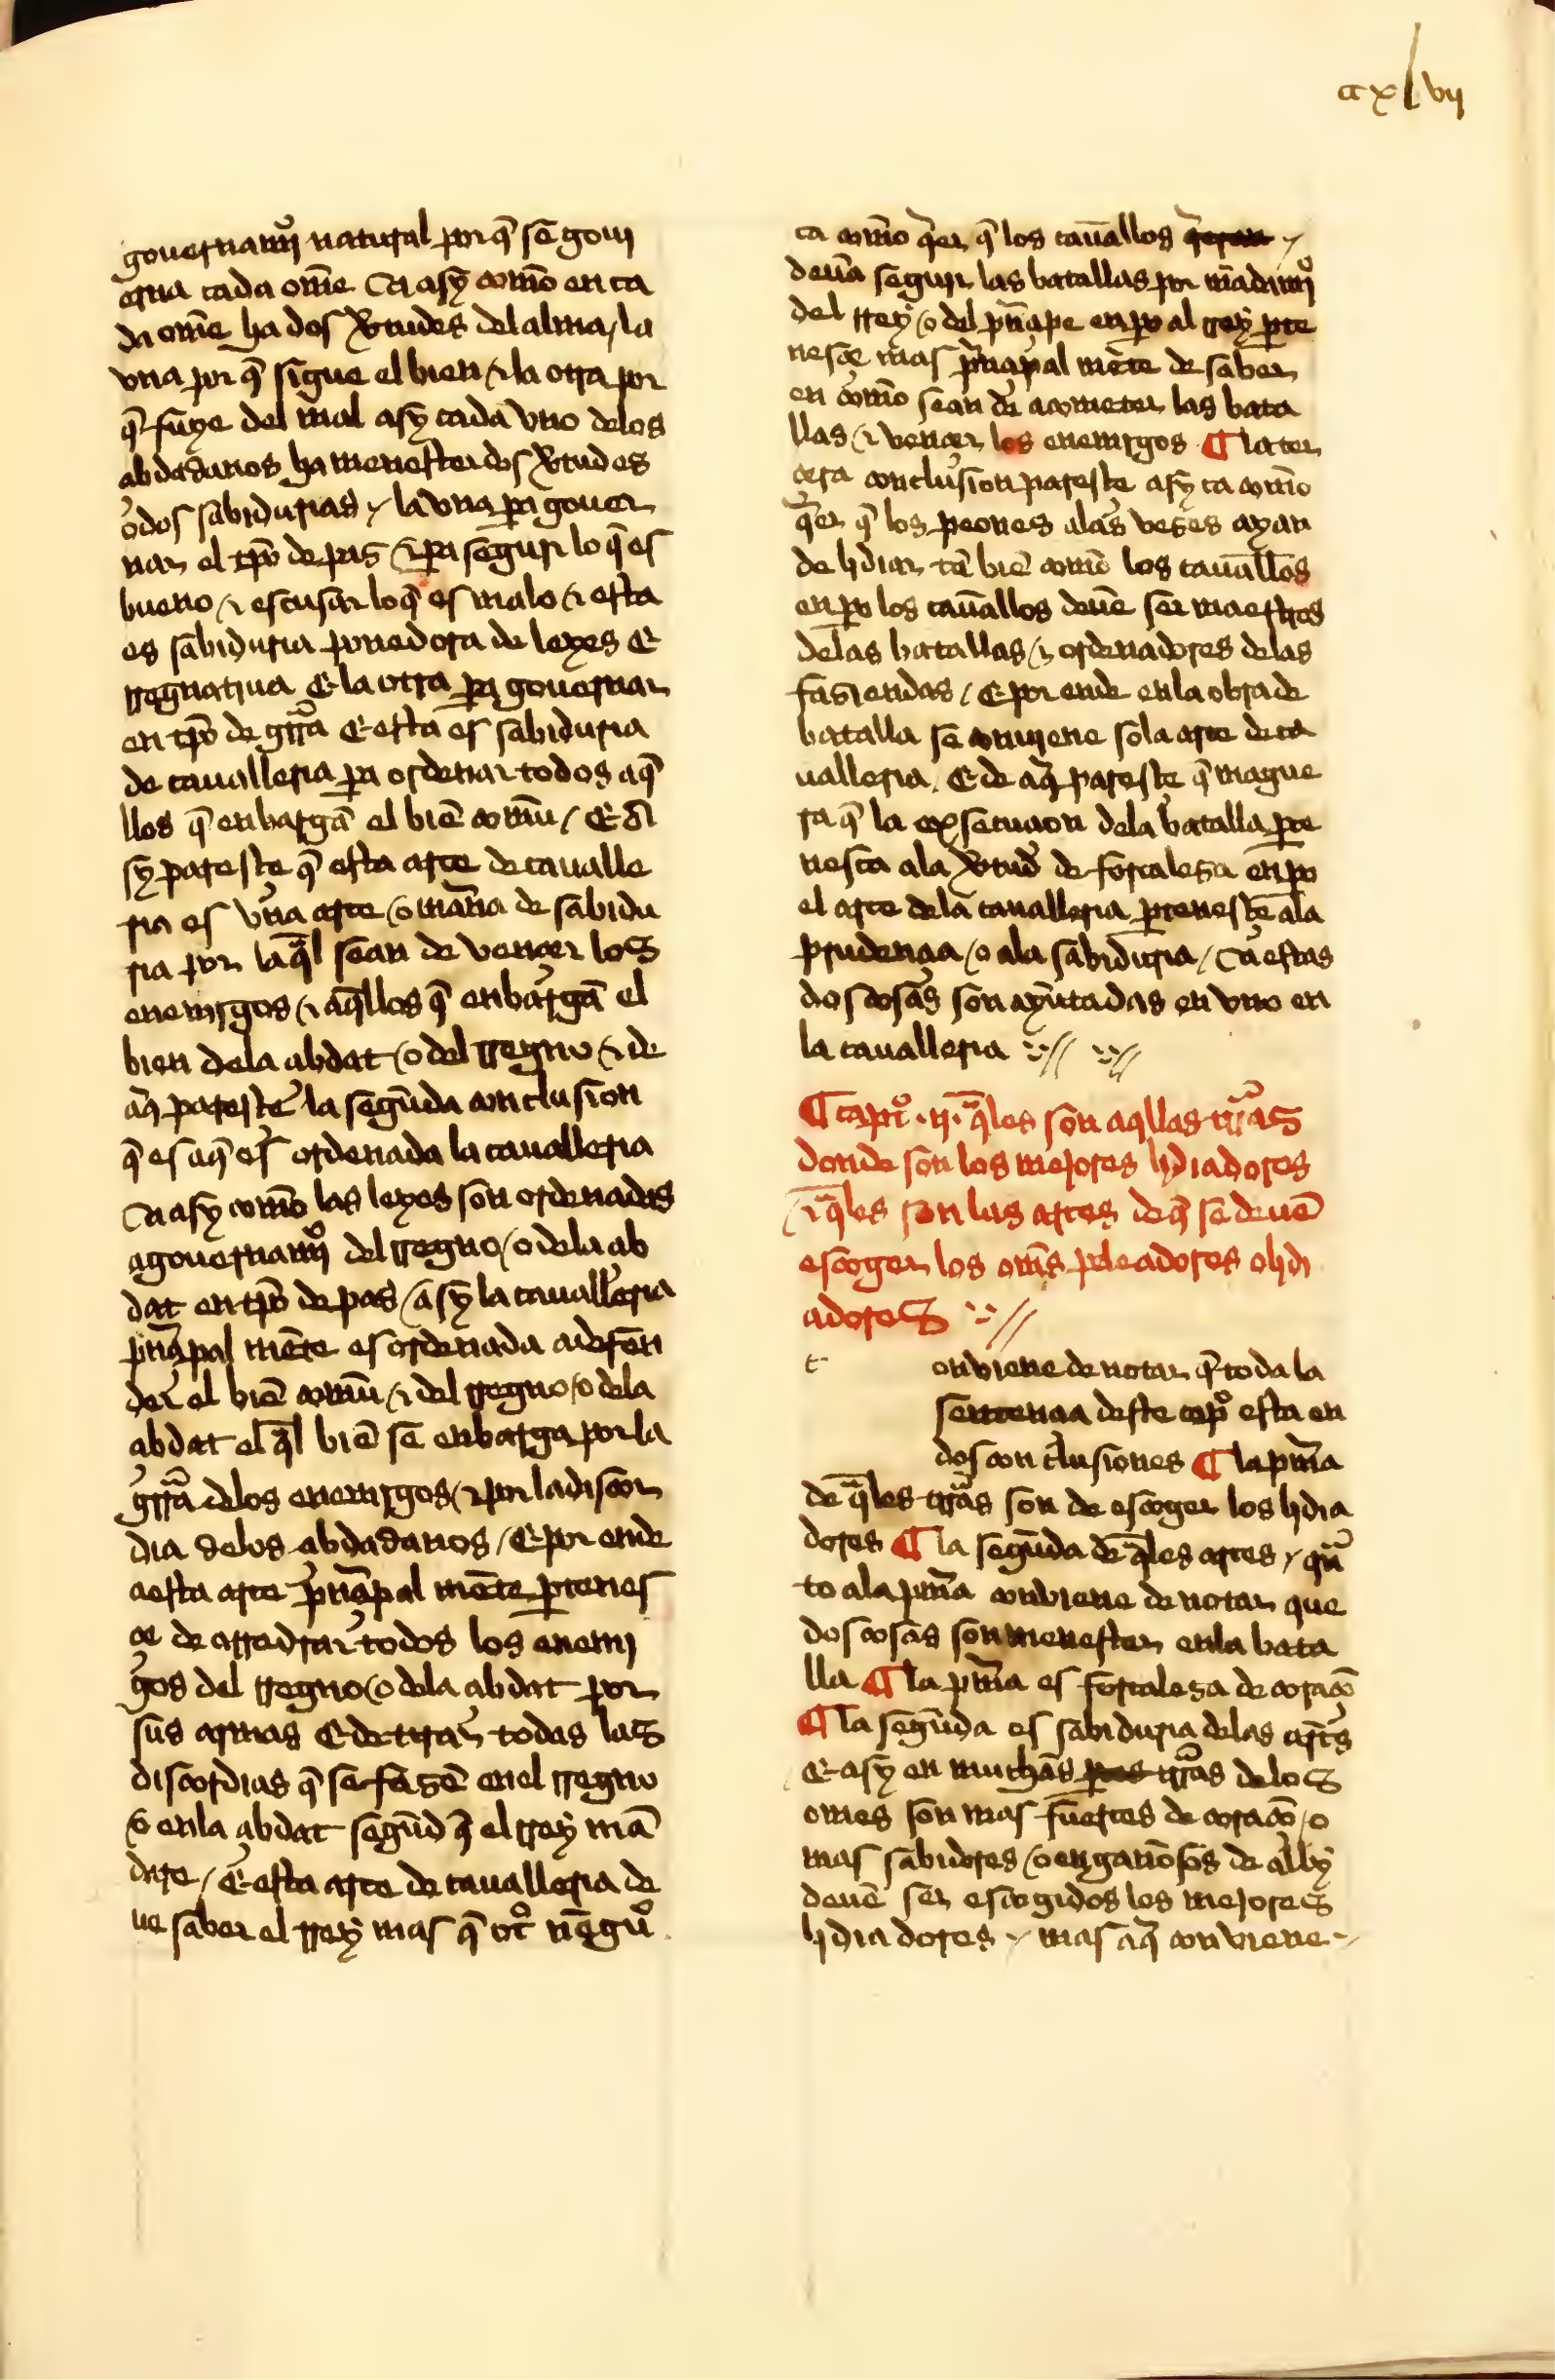
Shelfmark: Sevilla, Biblioteca Universitaria, ms. 332/131
Century: 15